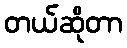
တယ်ဆိုတာ